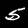
Label: 5